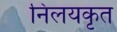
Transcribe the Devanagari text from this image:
निलयकृत